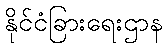
နိုင်ငံခြားရေးဌာန